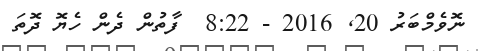
ނޮވެމްބަރު 20